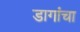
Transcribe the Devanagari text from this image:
डागांचा